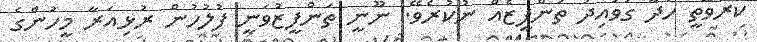
ކުރެވޭތީ ހަދާ ގަވައިދު ތަންފީޒެއް ނުކުރެވޭ. ނޫނީ ތަންފީޒުވަނީ ފުލުހުން ރުޅިއަރާ މީހުންގެ